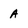
Character: A